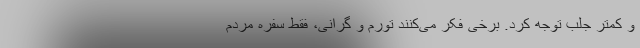
و کمتر جلب توجه کرد. برخی فکر می‌کنند تورم و گرانی، فقط سفره مردم